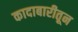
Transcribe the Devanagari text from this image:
कादाबारीतून